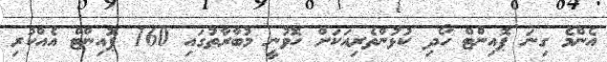
އެންމެ ގިނަ ޕޮއިންޓް ހޯދި ކުޅުންތެރިއަކަށް ހޮވުނީ މުބާރާތުގައި 160 ޕޮއިންޓް އެއްކުރި